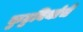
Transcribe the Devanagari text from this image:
कुटुबियांचे